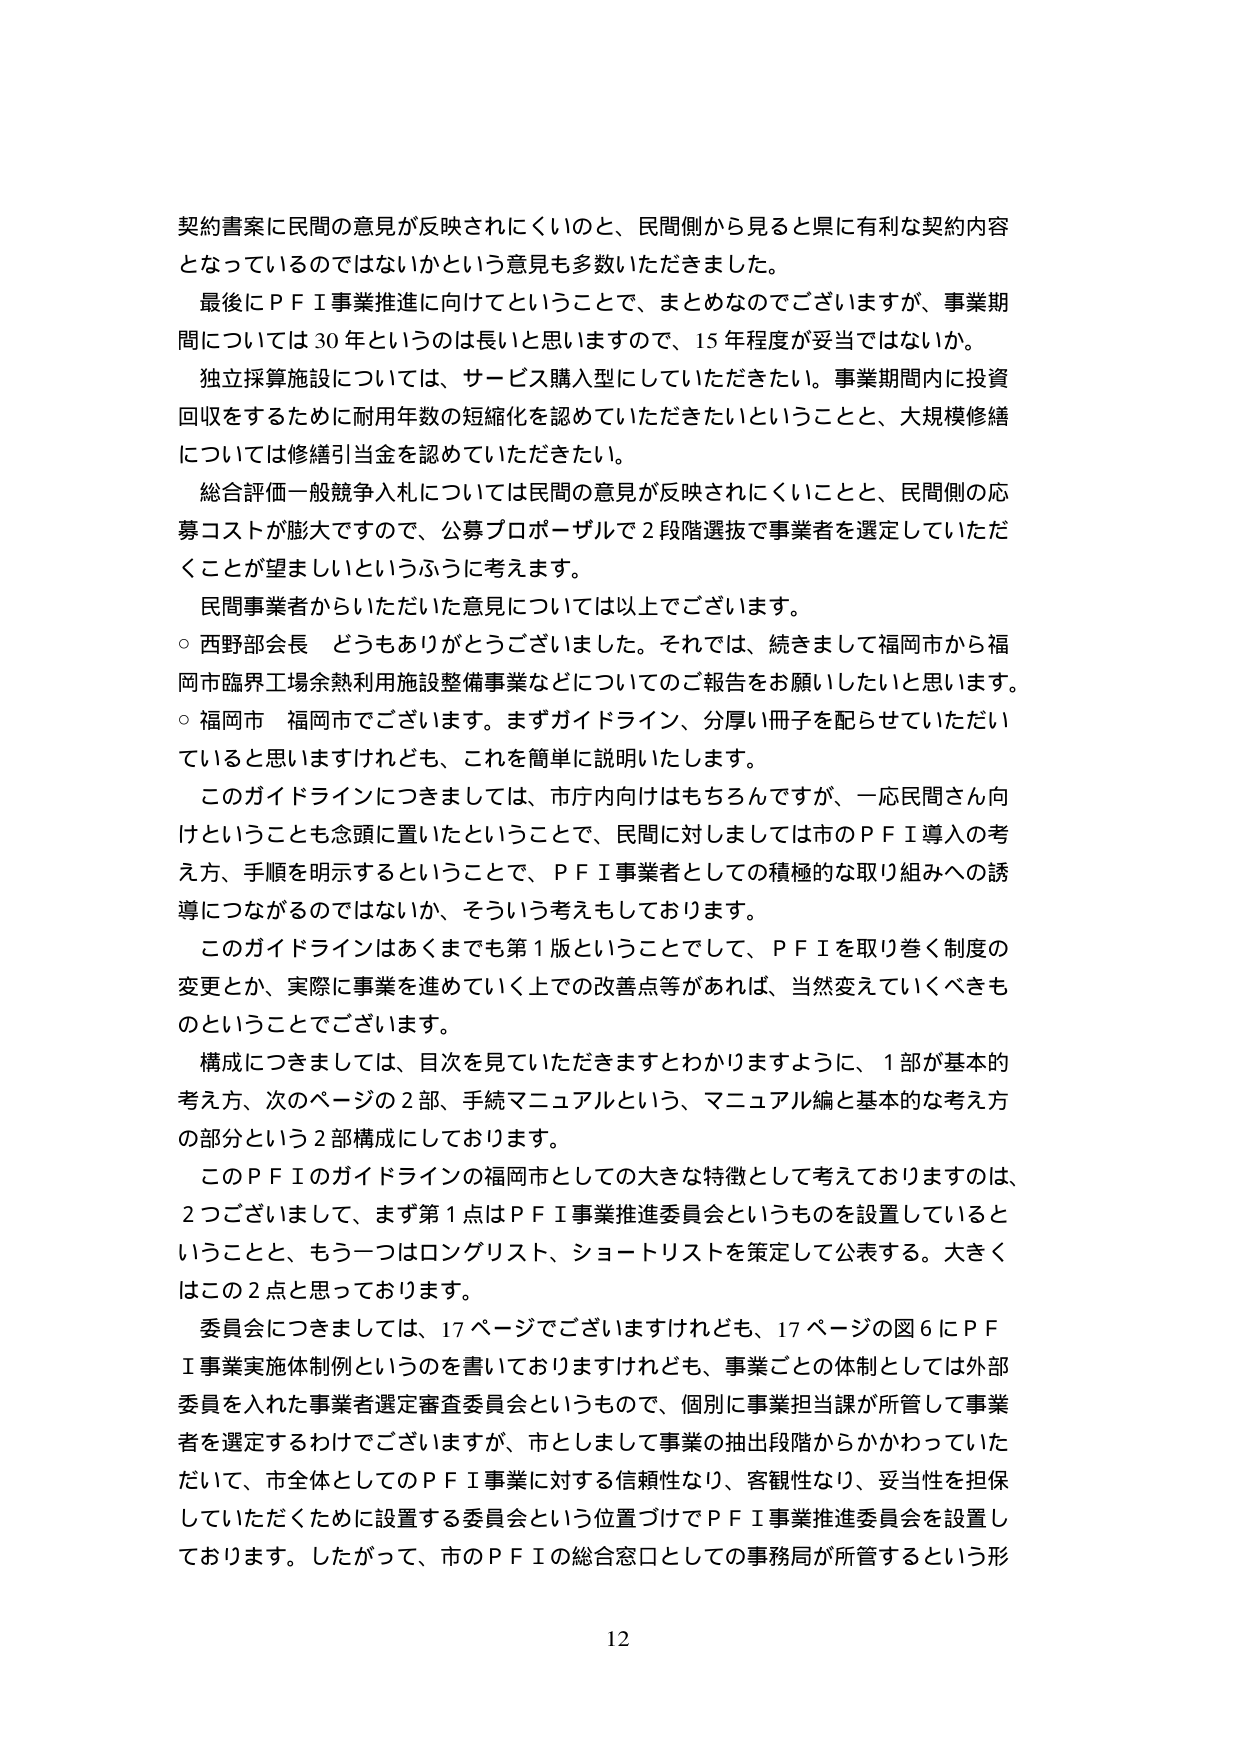
契約書案に民間の意見が反映されにくいのと、民間側から見ると県に有利な契約内容となっているのではないかという意見も多数いただきました。

最後にＰＦＩ事業推進に向けてということで、まとめなのでございますが、事業期間については30年というのは長いと思いますので、15年程度が妥当ではないか。

独立採算施設については、サービス購入型にしていただきたい。事業期間内に投資回収をするために耐用年数の短縮化を認めていただきたいということと、大規模修繕については修繕引当金を認めていただきたい。

総合評価一般競争入札については民間の意見が反映されにくいことと、民間側の応募コストが膨大ですので、公募プロポーザルで2段階選抜で事業者を選定していただくことが望ましいというふうに考えます。

民間事業者からいただいた意見については以上でございます。

○ 西野部会長 どうもありがとうございました。それでは、続きまして福岡市から福岡市臨界工場余熱利用施設整備事業などについてのご報告をお願いしたいと思います。

○ 福岡市 福岡市でございます。まずガイドライン、分厚い冊子を配らせていただいていると思いますけれども、これを簡単に説明いたします。

このガイドラインにつきましては、市庁内向けはもちろんですが、一応民間さん向けということも念頭に置いたということで、民間に対しましては市のＰＦＩ導入の考え方、手順を明示するということで、ＰＦＩ事業者としての積極的な取り組みへの誘導につながるのではないか、そういう考えもしております。

このガイドラインはあくまでも第1版ということでして、ＰＦＩを取り巻く制度の変更とか、実際に事業を進めていく上での改善点等があれば、当然変えていくべきものということでございます。

構成につきましては、目次を見ていただきますとわかりますように、1部が基本的考え方、次のページの2部、手続マニュアルという、マニュアル編と基本的な考え方の部分という2部構成にしております。

このＰＦＩのガイドラインの福岡市としての大きな特徴として考えておりますのは、2つございまして、まず第1点はＰＦＩ事業推進委員会というものを設置しているということと、もう一つはロングリスト、ショートリストを策定して公表する。大きくはこの2点と思っております。

委員会につきましては、17ページでございますけれども、17ページの図6にＰＦＩ事業実施体制例というのを書いておりますけれども、事業ごとの体制としては外部委員を入れた事業者選定審査委員会というもので、個別に事業担当課が所管して事業者を選定するわけでございますが、市としまして事業の抽出段階からかかわっていただいて、市全体としてのＰＦＩ事業に対する信頼性なり、客観性なり、妥当性を担保していただくために設置する委員会という位置づけでＰＦＩ事業推進委員会を設置しております。したがって、市のＰＦＩの総合窓口としての事務局が所管するという形

12